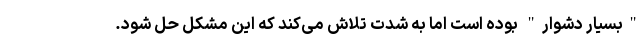
"بسیار دشوار" بوده است اما به شدت تلاش می‌کند که این مشکل حل شود.